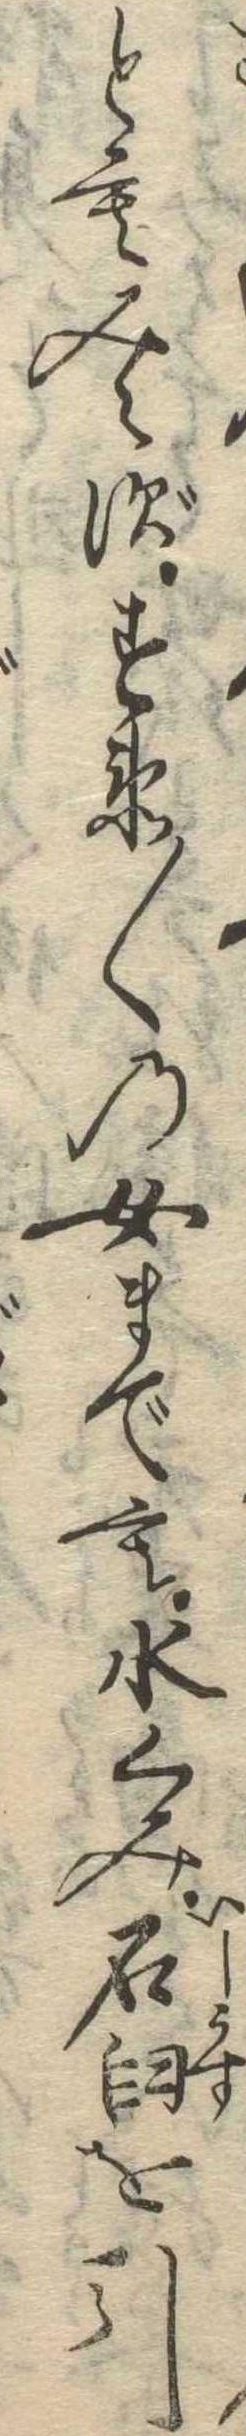
ともみえずすゑ〱の女までも水くみ石臼を引